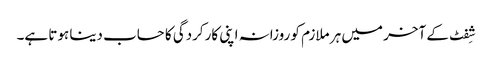
شِفٹ کے آخر میں ہر ملازم کو روزانہ اپنی کارکردگی کا حساب دینا ہوتا ہے۔